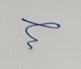
Signature authenticity: forged